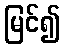
မြင်၍